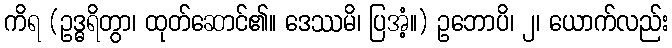
ကိရ (ဥဒ္ဓရိတွာ၊ ထုတ်ဆောင်၏။ ဒေဿမိ၊ ပြအံ့။) ဥဘောပိ၊ ၂၊ ယောက်လည်း